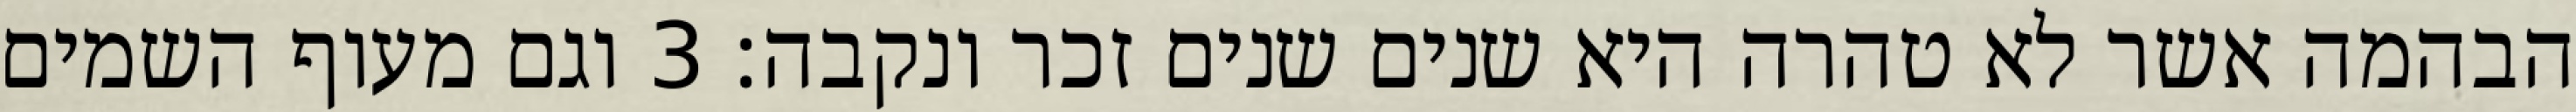
הבהמה אשר לא טהרה היא שנים שנים זכר ונקבה׃ ‎3‏ וגם מעוף השמים